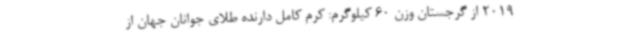
2019 از گرجستان وزن 60 کیلوگرم: کرم کامل دارنده طلای جوانان جهان از